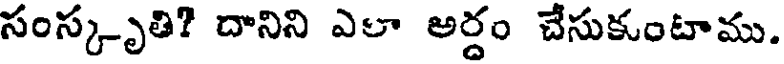
సంస్కృతి? దానిని ఎలా అర్దం చేసుకుంటాము.